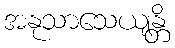
အနုသာသေယျန္တိ